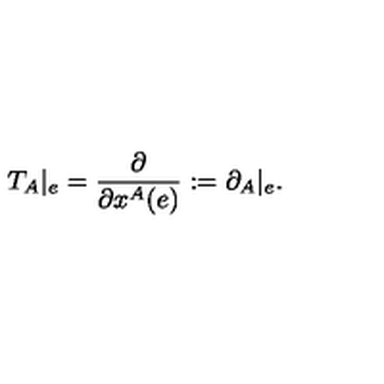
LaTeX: T _ { A } | _ { e } = \frac { \partial } { \partial x ^ { A } ( e ) } : = \partial _ { A } | _ { e } .